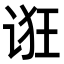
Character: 诳